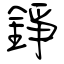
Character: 錚